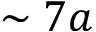
\sim 7 a